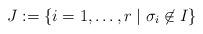
LaTeX: \begin{align*}J:=\{i=1,\ldots,r\mid\sigma_i\not\in I\}\end{align*}